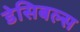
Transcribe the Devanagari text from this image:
डेसिबल्स